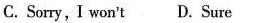
C.Sorry, I won't D. Sure